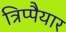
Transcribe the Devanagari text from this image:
त्रिप्पैयार